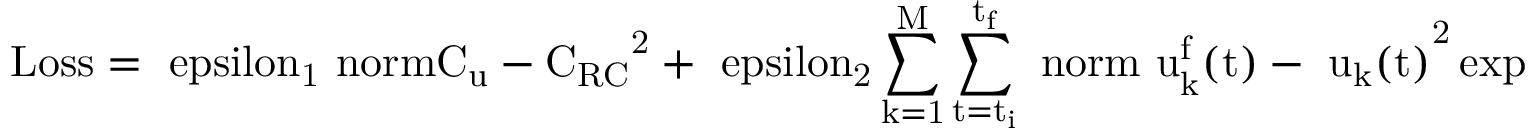
\mathrm { L o s s = \ e p s i l o n _ { 1 } \ n o r m { C _ { u } - C _ { R C } } ^ { 2 } + \ e p s i l o n _ { 2 } \sum _ { k = 1 } ^ { M } \sum _ { t = t _ { i } } ^ { t _ { f } } \ n o r m { \ u _ { k } ^ { f } ( t ) - \ u _ { k } ( t ) } ^ { 2 } \exp { - \frac { t - t _ { i } } { t _ { f } - t _ { i } } } ; t \in \mathbb { Z } }